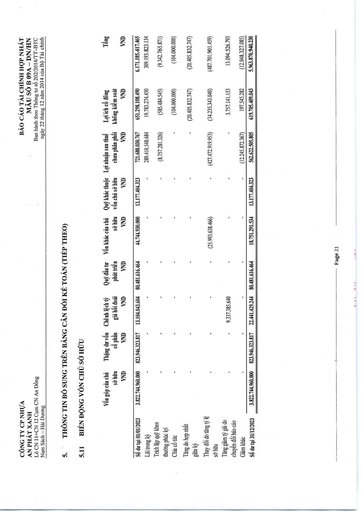
||Vốn góp của chủ sở hữu VND|Thặng dư vốn cổ phần VND|Chênh lệch tỷ giá hối đoái VND|Quỹ đầu tư phát triển VND|Vốn khác của chủ sở hữu VND|Quỹ khác thuộc vốn chủ sở hữu VND|Lợi nhuận sau thuế chưa phân phối VND|Lợi ích cổ đông không kiểm soát VND|Tổng VND| |---|---|---|---|---|---|---|---|---|---| |Số dư tại 01/01/2023|3.822.744.960.000|823.946.323.817|13.104.043.604|80.481.616.464|44.744.930.000|13.177.404.323|721.688.030.767|651.298.108.490|6.171.185.417.465| |Lãi trong kỳ|-|-|-|-|-|-|289.410.548.684|19.783.274.450|309.193.823.134| |Trích lập quỹ khen thưởng phúc lợi|-|-|-|-|-|-|(8.757.281.326)|(585.484.545)|(9.342.765.871)| |Chia cổ tức|-|-|-|-|-|-|-|(104.000.000)|(104.000.000)| |Tăng do hợp nhất giữa kỳ|-|-|-|-|-|-|-|(20.405.832.747)|(20.405.832.747)| |Thay đổi do tăng tỷ lệ sở hữu|-|-|-|-|(25.993.638.466)|-|(427.472.919.953)|(34.235.343.040)|(487.701.901.459)| |Tăng giảm tỷ giá do chuyển đổi báo cáo|-|-|9.337.385.640|-|-|-|-|3.757.141.153|13.094.526.793| |Giảm khác|-|-|-|-|-|-|(12.245.872.367)|197.545.282|(12.048.327.085)| |Số dư tại 31/12/2023|3.822.744.960.000|823.946.323.817|22.441.429.244|80.481.616.464|18.751.291.534|13.177.404.323|562.622.505.805|619.705.409.043|5.963.870.940.230|